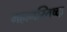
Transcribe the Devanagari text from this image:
महामस्तिष्क